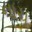
નાચ